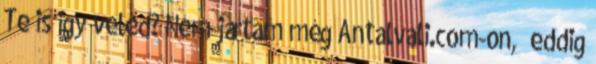
Te is igy veled? Nem jártam még Antalvali.com-on, eddig